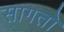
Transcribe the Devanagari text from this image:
सागतो